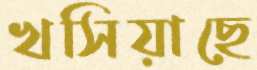
খসিয়াছে